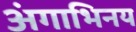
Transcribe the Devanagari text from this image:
अंगाभिनय